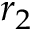
r _ { 2 }